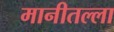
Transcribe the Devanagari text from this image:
मानीतल्ला